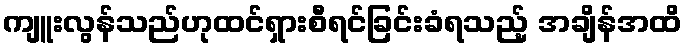
ကျူးလွန်သည်ဟုထင်ရှားစီရင်ခြင်းခံရသည့် အချိန်အထိ